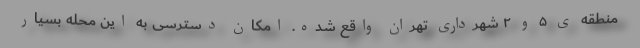
منطقه ی ۵ و ۲ شهرداری تهران واقع شده. امکان دسترسی به این محله بسیار